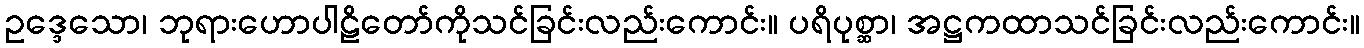
ဥဒ္ဒေသော၊ ဘုရားဟောပါဠိတော်ကိုသင်ခြင်းလည်းကောင်း။ ပရိပုစ္ဆာ၊ အဋ္ဌကထာသင်ခြင်းလည်းကောင်း။